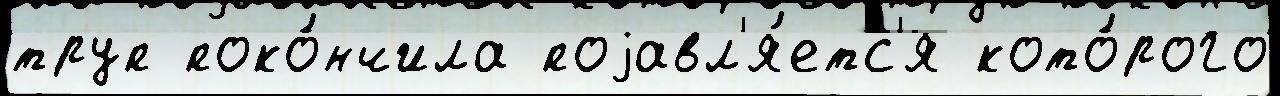
труп поко́нчила поjавл'я́етс'я кото́рого